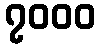
၇၀၀၀